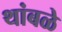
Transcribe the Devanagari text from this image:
थांबळे